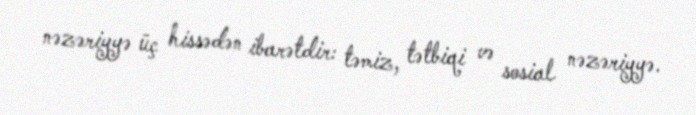
nəzəriyyə üç hissədən ibarətdir: təmiz, tətbiqi və sosial nəzəriyyə.